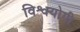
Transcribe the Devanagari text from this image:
विश्वयोगी